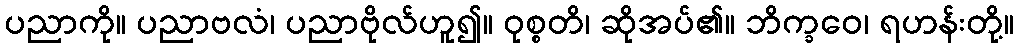
ပညာကို။ ပညာဗလံ၊ ပညာဗိုလ်ဟူ၍။ ဝုစ္စတိ၊ ဆိုအပ်၏။ ဘိက္ခဝေ၊ ရဟန်းတို့။